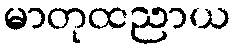
မာတုထညာယ